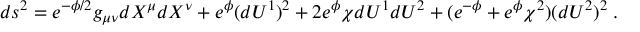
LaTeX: d s ^ { 2 } = e ^ { - \phi / 2 } g _ { \mu \nu } d X ^ { \mu } d X ^ { \nu } + e ^ { \phi } ( d U ^ { 1 } ) ^ { 2 } + 2 e ^ { \phi } \chi d U ^ { 1 } d U ^ { 2 } + ( e ^ { - \phi } + e ^ { \phi } \chi ^ { 2 } ) ( d U ^ { 2 } ) ^ { 2 } \; .